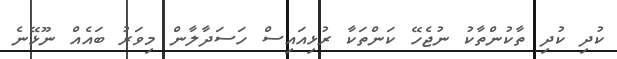
ކުދި ކުދި ތާކުންތާކު ނުޖެހޭ ކަންތަކާ ރުޅިއައިސް ހަސަދާލާން މިވަރު ބައެއް ނޫޅޭނެ